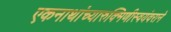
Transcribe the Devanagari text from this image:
एकनाथांच्यारुक्मिणीस्वयंवराने